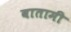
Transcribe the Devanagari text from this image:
बातामी